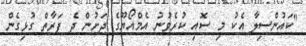
"ކައުންސިލާ އެކު މި ސޮއި ކުރެވުނު އެމްއޯޔޫގެ ދަށުން ދެ ފަރާތް ގުޅިގެން